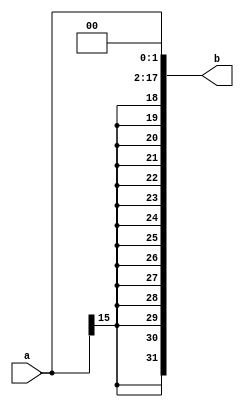
`timescale 1ns / 1ps
//////////////////////////////////////////////////////////////////////////////////
// Company: 
// Engineer: 
// 
// Design Name: 
// Module Name: extend18
// Project Name: 
// Target Devices: 
// Tool Versions: 
// Description: 
// 
// Dependencies: 
// 
// Revision:
// Revision 0.01 - File Created
// Additional Comments:
// 
//////////////////////////////////////////////////////////////////////////////////

//16432
module extend18(
    input [15:0] a,
    
    output [31:0] b
    );
    assign b = {{14{a[15]}},a,2'b00};
endmodule